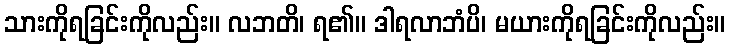
သားကိုရခြင်းကိုလည်း။ လဘတိ၊ ရ၏။ ဒါရလာဘံပိ၊ မယားကိုရခြင်းကိုလည်း။